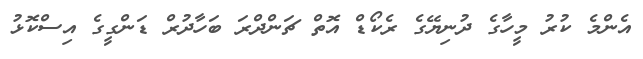
އެންމެ ކުރު މީހާގެ ދުނިޔޭގެ ރެކޯޑް އޮތް ޗަންދްރަ ބަހާދުރް ޑަންގީގެ އިސްކޮޅު